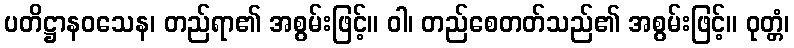
ပတိဋ္ဌာနဝသေန၊ တည်ရာ၏ အစွမ်းဖြင့်။ ဝါ၊ တည်စေတတ်သည်၏ အစွမ်းဖြင့်။ ဝုတ္တံ၊